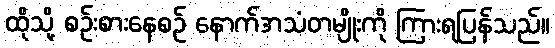
ထိုသို့ စဉ်းစားနေစဉ် နောက်အသံတမျိုးကို ကြားရပြန်သည်။